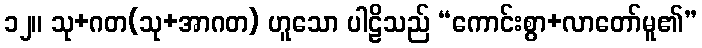
၁၂။ သု+ဂတ(သု+အာဂတ) ဟူသော ပါဠိသည် “ကောင်းစွာ+လာတော်မူ၏”